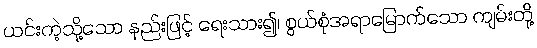
ယင်းကဲ့သို့သော နည်းဖြင့် ရေးသား၍၊ စွယ်စုံအရာမြောက်သော ကျမ်းတို့